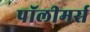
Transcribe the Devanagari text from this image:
पॉलीमर्स